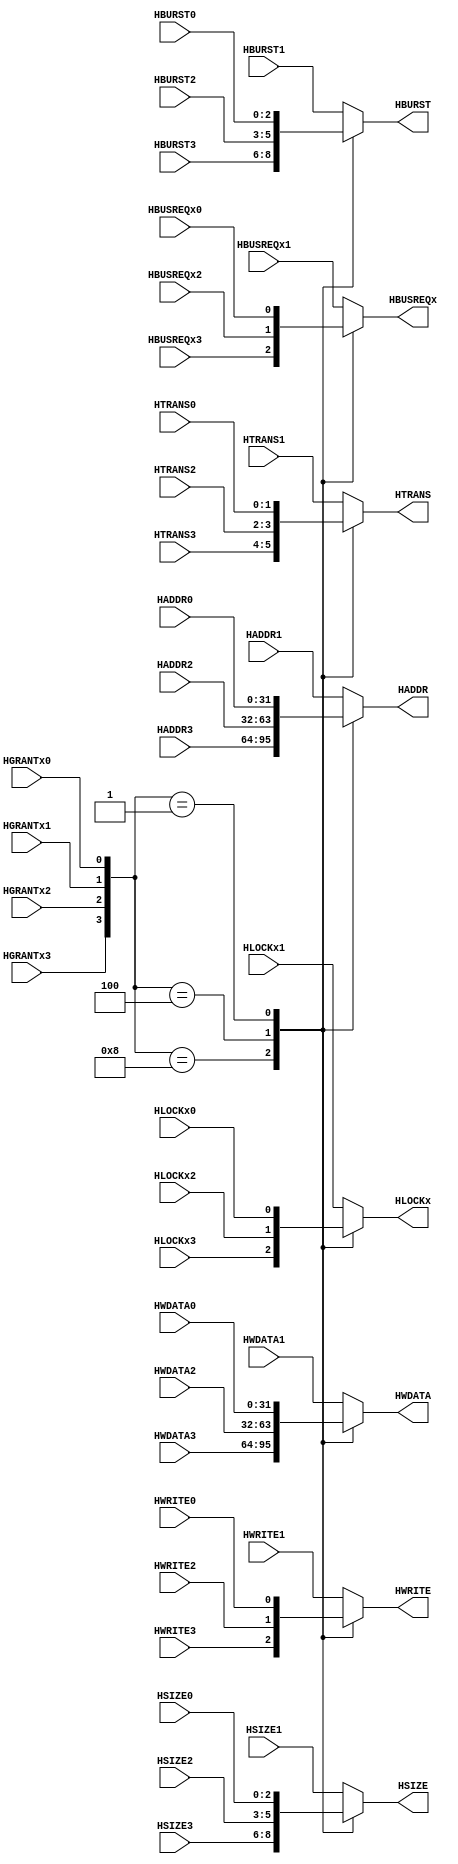
module mux_m2s (
    input  wire HGRANTx0,
    input  wire HGRANTx1,
    input  wire HGRANTx2,
    input  wire HGRANTx3,
    input  wire [31:0] HADDR0,
    input  wire [31:0] HADDR1,
    input  wire [31:0] HADDR2,
    input  wire [31:0] HADDR3,  
    input  wire [31:0] HWDATA0,
    input  wire [31:0] HWDATA1,
    input  wire [31:0] HWDATA2,
    input  wire [31:0] HWDATA3,
    input  wire [1:0] HTRANS0,
    input  wire [1:0] HTRANS1,
    input  wire [1:0] HTRANS2,
    input  wire [1:0] HTRANS3,
    input  wire [2:0] HBURST0,
    input  wire [2:0] HBURST1,
    input  wire [2:0] HBURST2,
    input  wire [2:0] HBURST3, 
    input  wire [2:0] HSIZE0,
    input  wire [2:0] HSIZE1,
    input  wire [2:0] HSIZE2,
    input  wire [2:0] HSIZE3, 
    input  wire HWRITE0,
    input  wire HWRITE1,
    input  wire HWRITE2,
    input  wire HWRITE3,
    input  wire HBUSREQx0,
    input  wire HBUSREQx1,
    input  wire HBUSREQx2,
    input  wire HBUSREQx3,
    input  wire HLOCKx0,
    input  wire HLOCKx1,
    input  wire HLOCKx2,
    input  wire HLOCKx3,

    output reg [31:0] HADDR,
    output reg [31:0] HWDATA,
    output reg [1:0] HTRANS,
    output reg [2:0] HBURST,
    output reg [2:0] HSIZE,
    output reg HWRITE,
    output reg HBUSREQx,
    output reg HLOCKx

);

wire [3:0] GRANTx;
assign GRANTx={HGRANTx3,HGRANTx2,HGRANTx1,HGRANTx0};

always @(*) begin
    case (GRANTx)
        4'b1000:begin
            HADDR   = HADDR3;
            HWDATA  = HWDATA3;
            HTRANS  = HTRANS3;
            HBURST  = HBURST3;
            HSIZE   = HSIZE3;
            HWRITE  = HWRITE3;
            HBUSREQx= HBUSREQx3;
            HLOCKx  = HLOCKx3;
        end 
        4'b0100:begin
            HADDR   = HADDR2;
            HWDATA  = HWDATA2;
            HTRANS  = HTRANS2;
            HBURST  = HBURST2;
            HSIZE   = HSIZE2;
            HWRITE  = HWRITE2;
            HBUSREQx= HBUSREQx2;
            HLOCKx  = HLOCKx2;
        end
        4'b0010:begin
            HADDR   = HADDR1;
            HWDATA  = HWDATA1;
            HTRANS  = HTRANS1;
            HBURST  = HBURST1;
            HSIZE   = HSIZE1;
            HWRITE  = HWRITE1;
            HBUSREQx= HBUSREQx1;
            HLOCKx  = HLOCKx1;
        end
        4'b0001:begin
            HADDR   = HADDR0;
            HWDATA  = HWDATA0;
            HTRANS  = HTRANS0;
            HBURST  = HBURST0;
            HSIZE   = HSIZE0;
            HWRITE  = HWRITE0;
            HBUSREQx= HBUSREQx0;
            HLOCKx  = HLOCKx0;
        end
        default: begin
            HADDR   = HADDR1;
            HWDATA  = HWDATA1;
            HTRANS  = HTRANS1;
            HBURST  = HBURST1;
            HSIZE   = HSIZE1;
            HWRITE  = HWRITE1;
            HBUSREQx= HBUSREQx1;
            HLOCKx  = HLOCKx1;
        end
    endcase
end

endmodule //mux_m2s